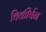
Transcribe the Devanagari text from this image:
चिकीर्षन